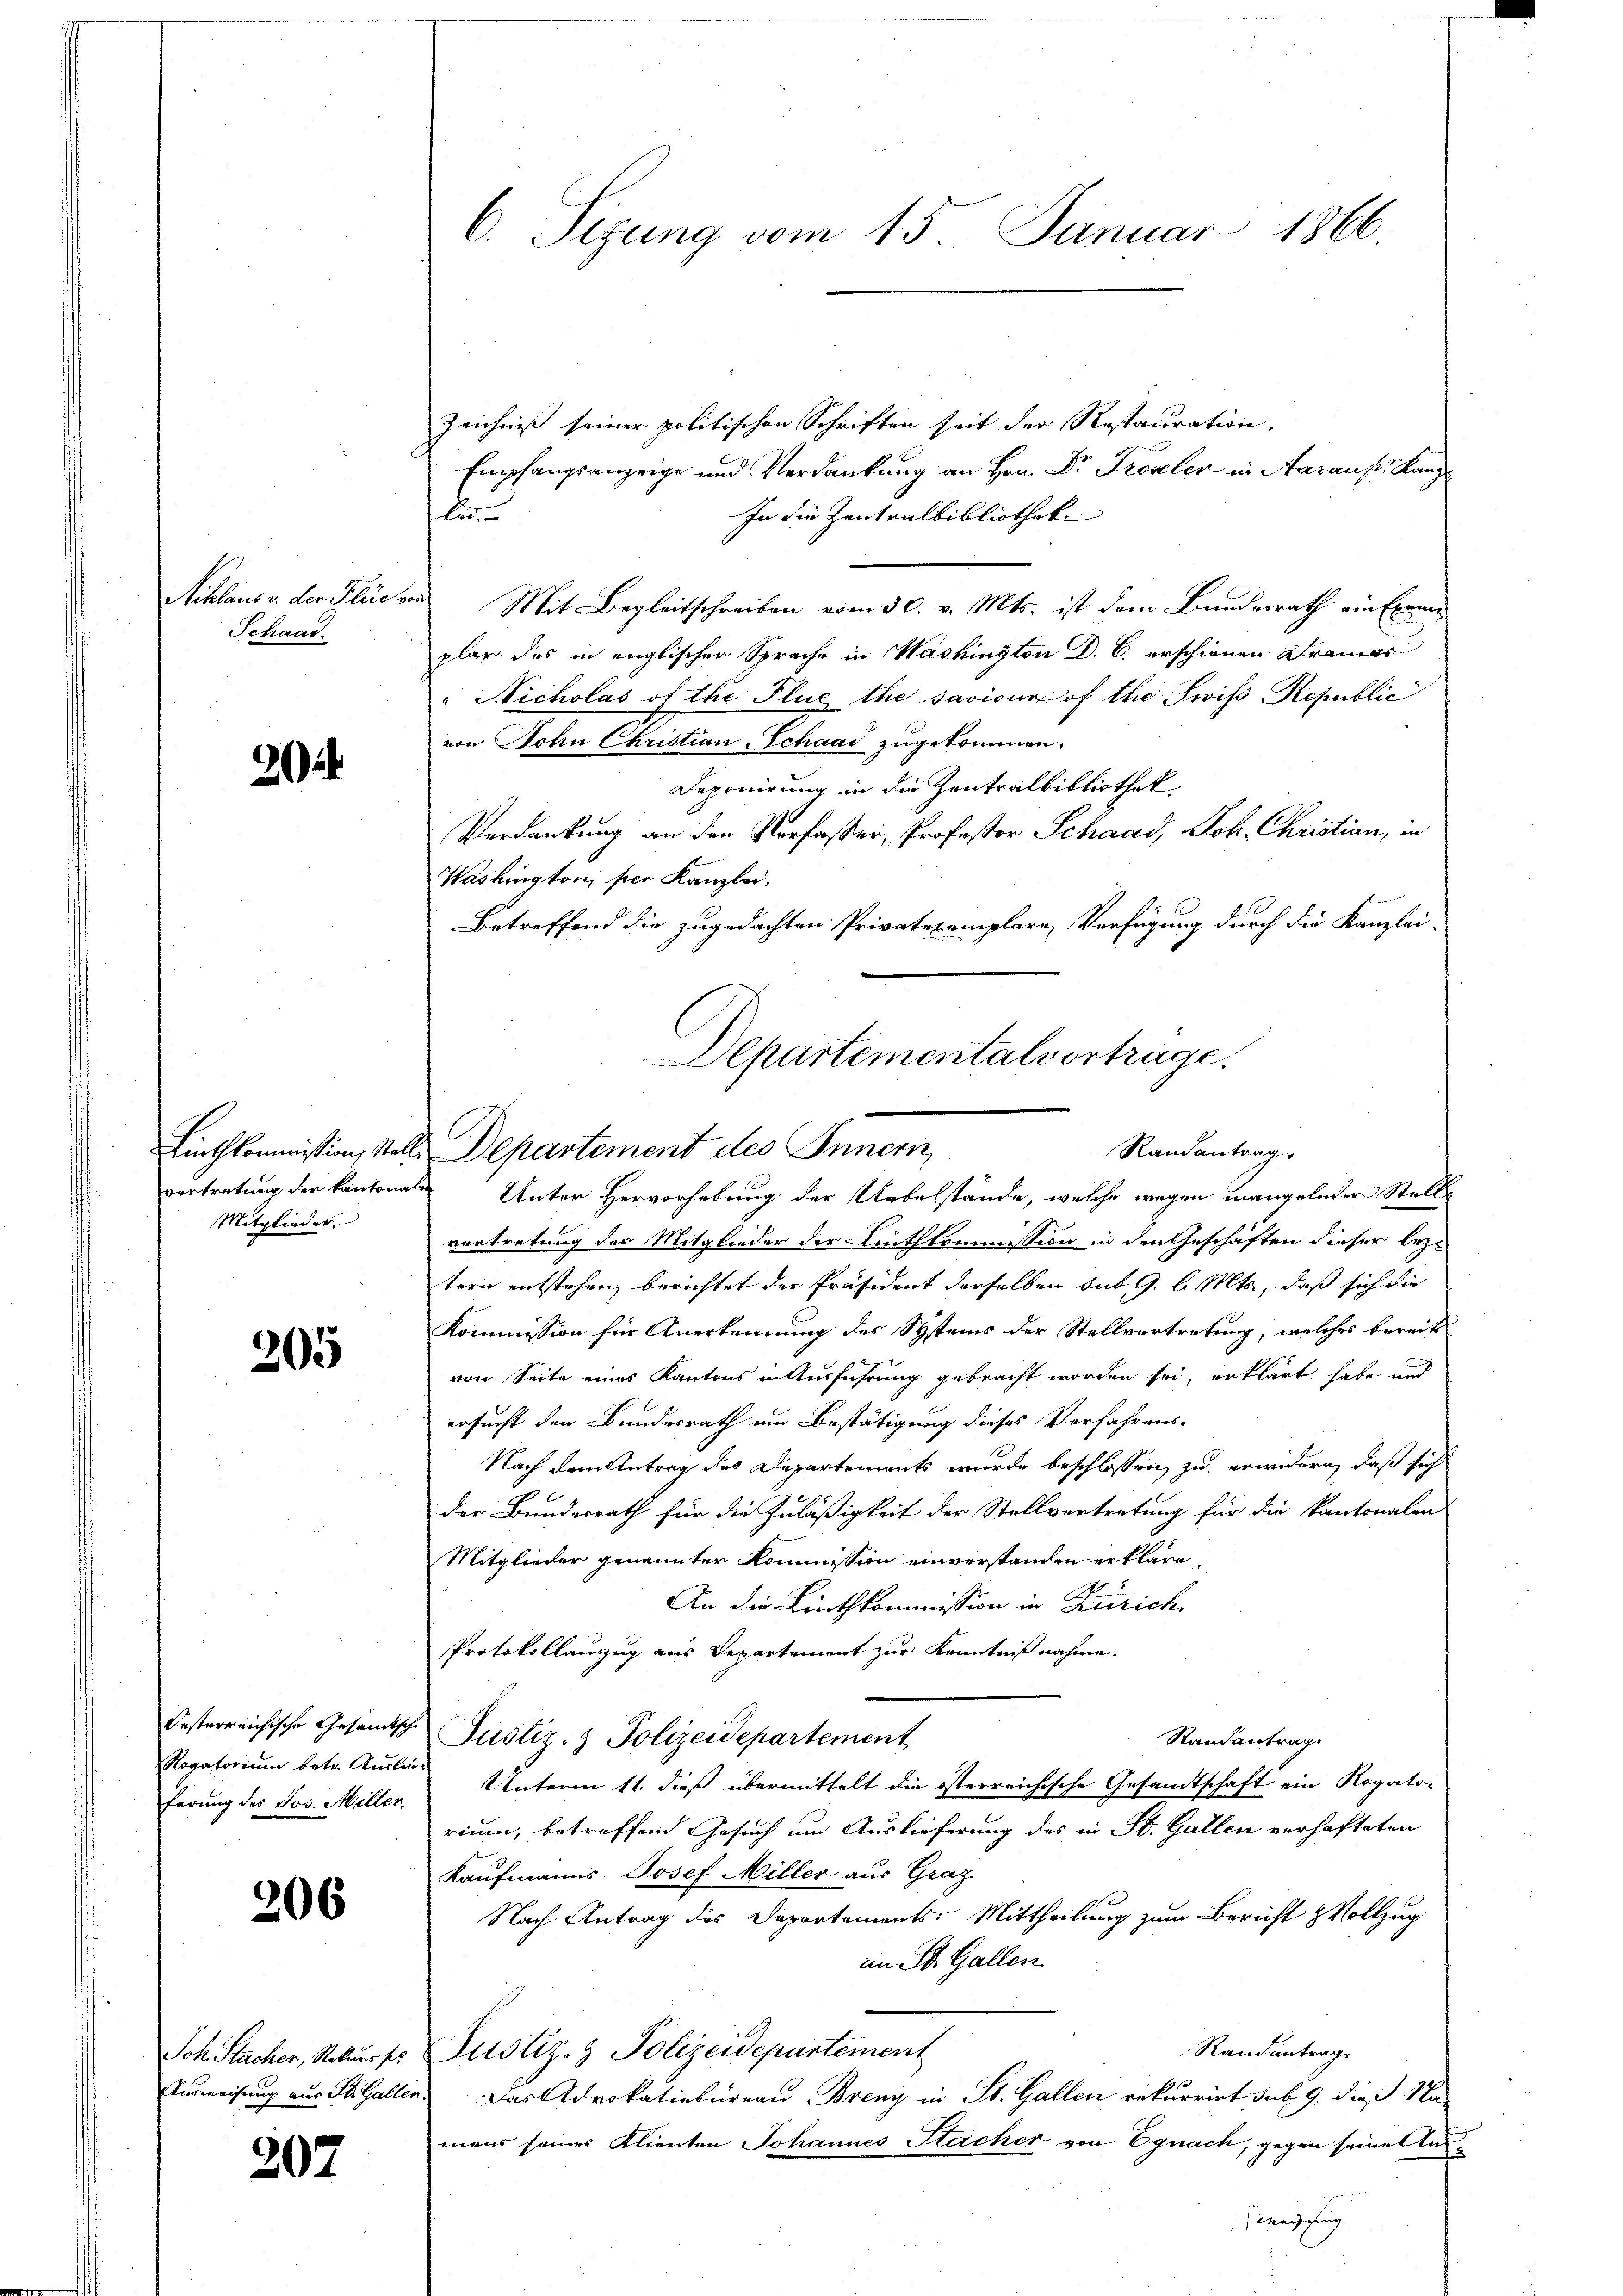
Schlaus v. der Flächen
Schaas.

20

Mitglieder.

205

ferung des Jos. Miller.

206

207

C. Sizung vom 15. Januar 1866.

Zeichniß seiner politischen Schriften seit der Restauration.
Empfangsanzeige und Verdankung an Hrn. Dr Frevler in Aaraustskanz
In die Zentralbibliothek
e
Mit Begleitschreiben vom 30. v. Mts. ist dem Bundesrath ein Exame
plar das in englischer Sprache in Washington D. C. erschienen Dramas
" Nicholas of the Plue the saviour of the wiss Republic
von Sohn Christian Schaad zugekommen.
Deponirung in die Zentralbibliothek
Verdankung an den Verfasser, Professor Schaad, Joh. Christian, in
Washington, per Kanzlei.
Betreffend die zugedachten Privatexemplare Verfügung durch die Kanzlei-
Departementalvortrage.

Linthkommission, stelle Departement des Innern,

Randantrag

vertretung der kantonale Unter Hervorhebung der Uebelstände, welche wegen mangelnder Stellvortretung der Mitglieder der Linthkommission in den Geschäften dieser leztern entstehen, berichtet der Präsident derselben sub 9. l. Mts., daß sich die
Kommission für Anerkennung des Systeins der Stellvertretung, welches bereits
von Seite eines Kantons in Ausführung gebracht worden sei, erklärt habe und
ersucht den Bundesrath um Bestätigung dieses Verfahrens-
Nach dem Antrag des Departements wurde beschlossen, zu erwidern, daß sich
der Bundesrath für die Zuläßigkeit der Stellvertretung für die kantonalen
Mitglieder genannter Kommission einverstanden erkläre,
An die Linthkommission in Zürich.
Protokollauszug aus Departement zur Kenntnißnahme.
Oesterreichische Gesandtsche Justiz- & Polizeidepartement
Randantrag
Rogatorium betr. Ausler Unterm 11. dieß übermittelt die österreichische Gesandtschaft ein Rogato-
rium, betreffend Gesuch um Auslieferung des in St. Gallen verhafteten
Kaufmanns Josef Miller aus Graz
Nach Antrag des Departements: Mittheilung zum Bericht & Vollzug
an St. Gallen.
Randantrag.
Sch. Stacker, Rekurses Justiz- & Polizeidepartement
Ausweisung aus St. Gallen. Das Advokatiobureau Breny in St. Gallen rekurrirt sub 9. dieß Na-
mans seiner Klienten Johannes Sacher von Egnach, gegen seine An¬
(Weisung